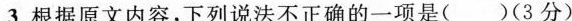
3.根据原文内容，下列说法不正确的一项是()(3分)